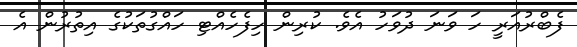
ފެބްރުއަރީ ހަ ވަނަ ދުވަހު އެވެ. ކުރިން ހިފެހެއްޓި ހައްގުތަކުގެ އިތުރުން އެ